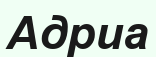
Адриа